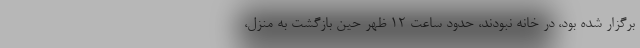
برگزار شده بود، در خانه نبودند، حدود ساعت 12 ظهر حین بازگشت به منزل،